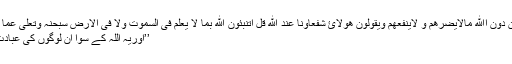
{ وَیَعْبُدُوْنَ مِنْ دُوْنِ اﷲِ مَالَایَضُرُّھُمْ وَ لَایَنْفَعُھُمْ وَیَقُوْلُوْنَ ھٰٓؤُلَآئِ شُفَعَآؤُنَا عِنْدَ ﷲِ قُلْ اَتُنَبِّئُوْنَ ﷲَ بِمَا لَا یَعْلَمُ فِی السَّمٰوٰتِ وَلَا فِی الْاَرْضِ سُبْحٰنَہٗ وَتَعٰلٰی عَمَّا یُشْرِکُوْنَ o }
’’اوریہ اللہ کے سوا ان لوگوں کی عبادت کرتے ہیں۔